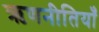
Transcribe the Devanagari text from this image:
ऋणनीतियाँ